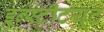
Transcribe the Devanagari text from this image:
इन्‍स्‍टीटयूट